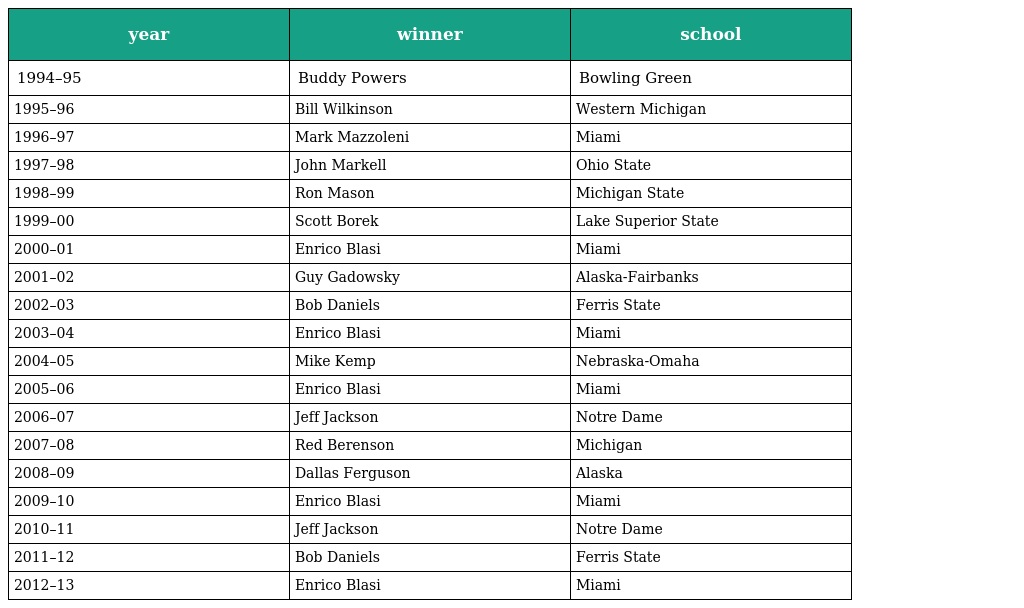
| year | winner | school |
 | --- | --- | --- |
 | 1994–95 | Buddy Powers | Bowling Green |
 | 1995–96 | Bill Wilkinson | Western Michigan |
 | 1996–97 | Mark Mazzoleni | Miami |
 | 1997–98 | John Markell | Ohio State |
 | 1998–99 | Ron Mason | Michigan State |
 | 1999–00 | Scott Borek | Lake Superior State |
 | 2000–01 | Enrico Blasi | Miami |
 | 2001–02 | Guy Gadowsky | Alaska-Fairbanks |
 | 2002–03 | Bob Daniels | Ferris State |
 | 2003–04 | Enrico Blasi | Miami |
 | 2004–05 | Mike Kemp | Nebraska-Omaha |
 | 2005–06 | Enrico Blasi | Miami |
 | 2006–07 | Jeff Jackson | Notre Dame |
 | 2007–08 | Red Berenson | Michigan |
 | 2008–09 | Dallas Ferguson | Alaska |
 | 2009–10 | Enrico Blasi | Miami |
 | 2010–11 | Jeff Jackson | Notre Dame |
 | 2011–12 | Bob Daniels | Ferris State |
 | 2012–13 | Enrico Blasi | Miami |